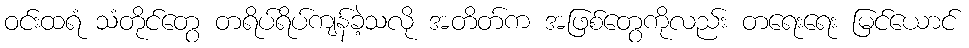
ဝင်းထရံ သံတိုင်တွေ တရိပ်ရိပ်ကျန်ခဲ့သလို အတိတ်က အဖြစ်တွေကိုလည်း တရေးရေး မြင်ယောင်